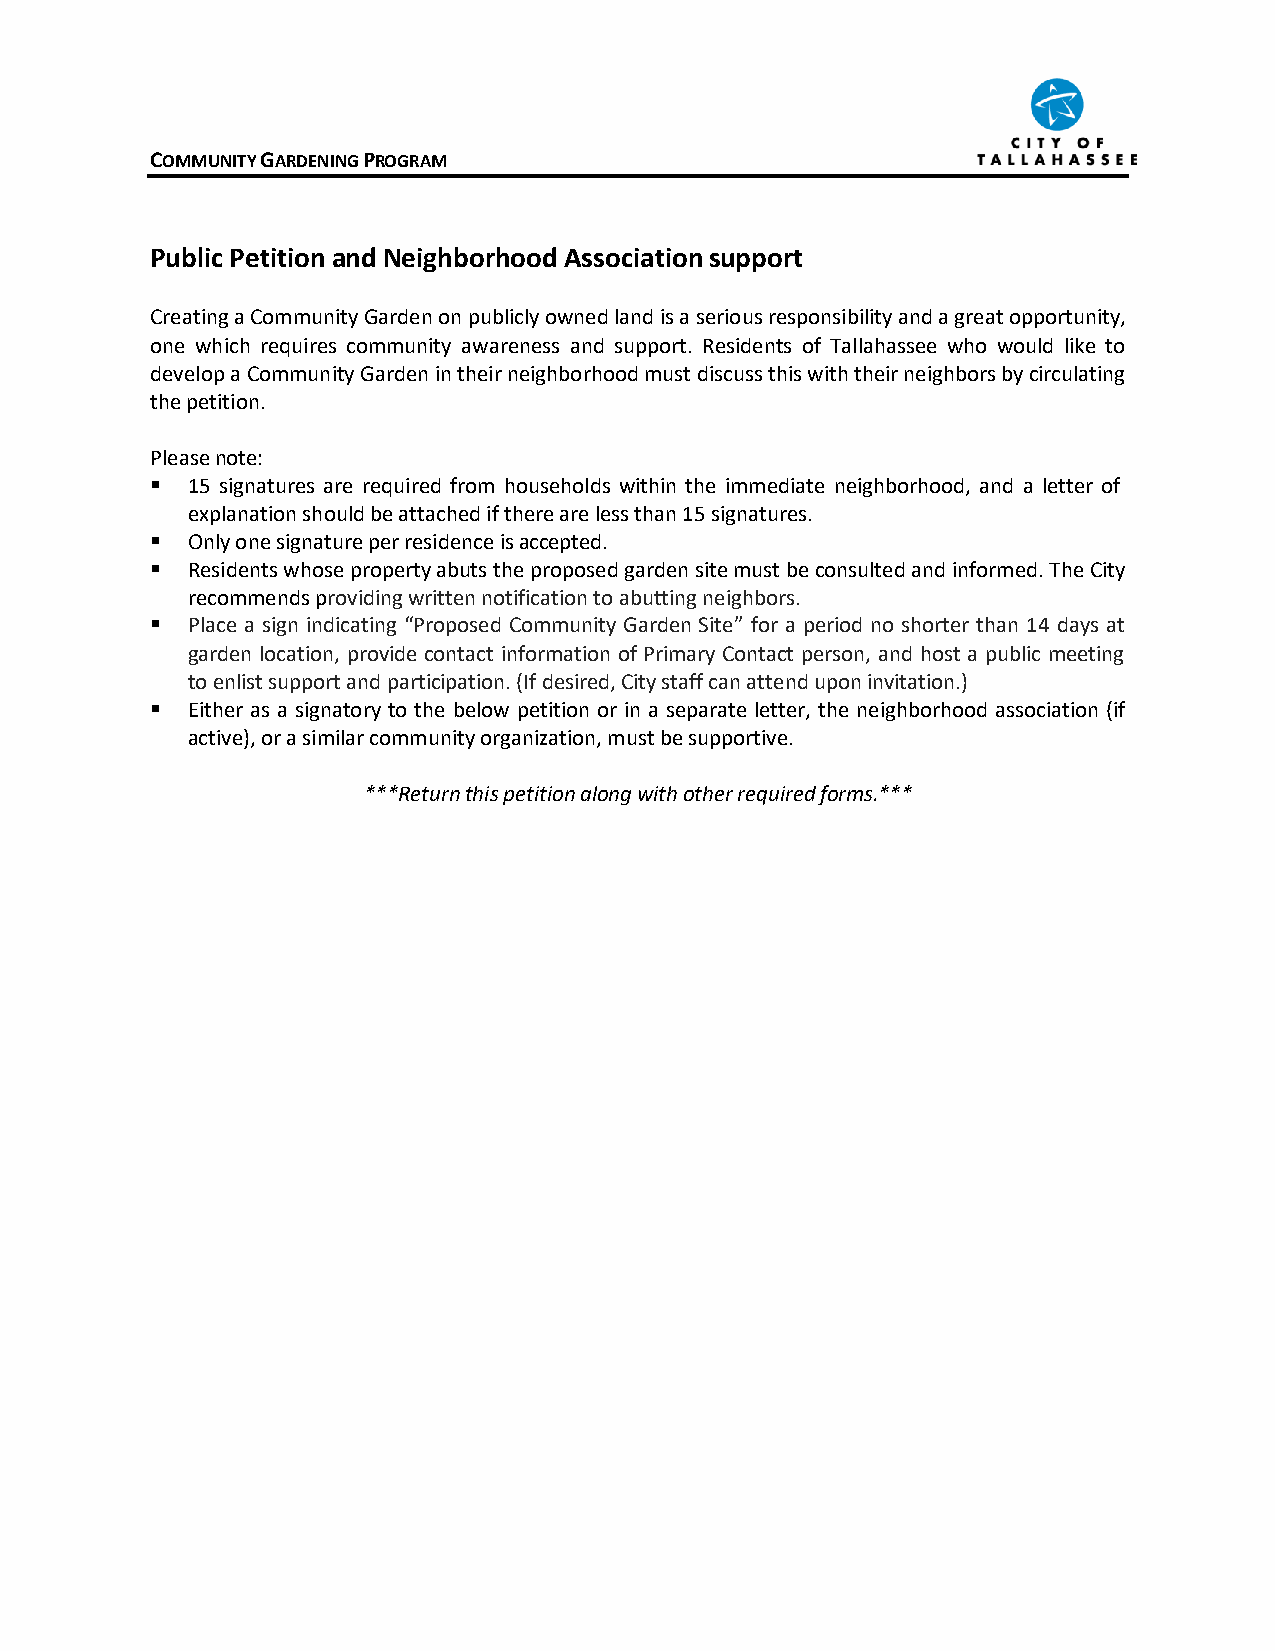
COMMUNITY GARDENING PROGRAM
 Public Petition and Neighborhood Association support
 Creating a Community Garden on publicly owned land is a serious responsibility and a great opportunity,
 one which requires community awareness and support. Residents of Tallahassee who would like to
 develop a Community Garden in their neighborhood must discuss this with their neighbors by circulating
 the petition.
 Please note:
 ▪ 15 signatures are required from households within the immediate neighborhood, and a letter of
 explanation should be attached if there are less than 15 signatures.
 ▪ Only one signature per residence is accepted.
 ▪ Residents whose property abuts the proposed garden site must be consulted and informed. The City
 recommends providing written notification to abutting neighbors.
 ▪ Place a sign indicating “Proposed Community Garden Site” for a period no shorter than 14 days at
 garden location, provide contact information of Primary Contact person, and host a public meeting
 to enlist support and participation. (If desired, City staff can attend upon invitation.)
 ▪ Either as a signatory to the below petition or in a separate letter, the neighborhood association (if
 active), or a similar community organization, must be supportive.
 ***Return this petition along with other required forms.***